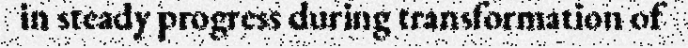
in steady progress during transformation of